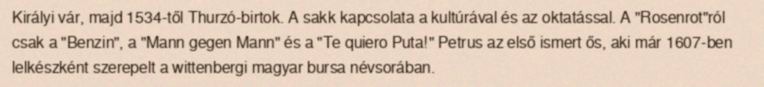
Királyi vár, majd 1534-től Thurzó-birtok. A sakk kapcsolata a kultúrával és az oktatással. A "Rosenrot"ról csak a "Benzin", a "Mann gegen Mann" és a "Te quiero Puta!" Petrus az első ismert ős, aki már 1607-ben lelkészként szerepelt a wittenbergi magyar bursa névsorában.